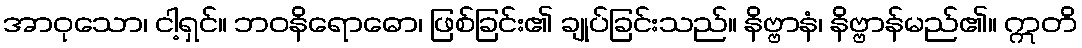
အာဝုသော၊ ငါ့ရှင်။ ဘဝနိရောဓော၊ ဖြစ်ခြင်း၏ ချုပ်ခြင်းသည်။ နိဗ္ဗာနံ၊ နိဗ္ဗာန်မည်၏။ ဣတိ